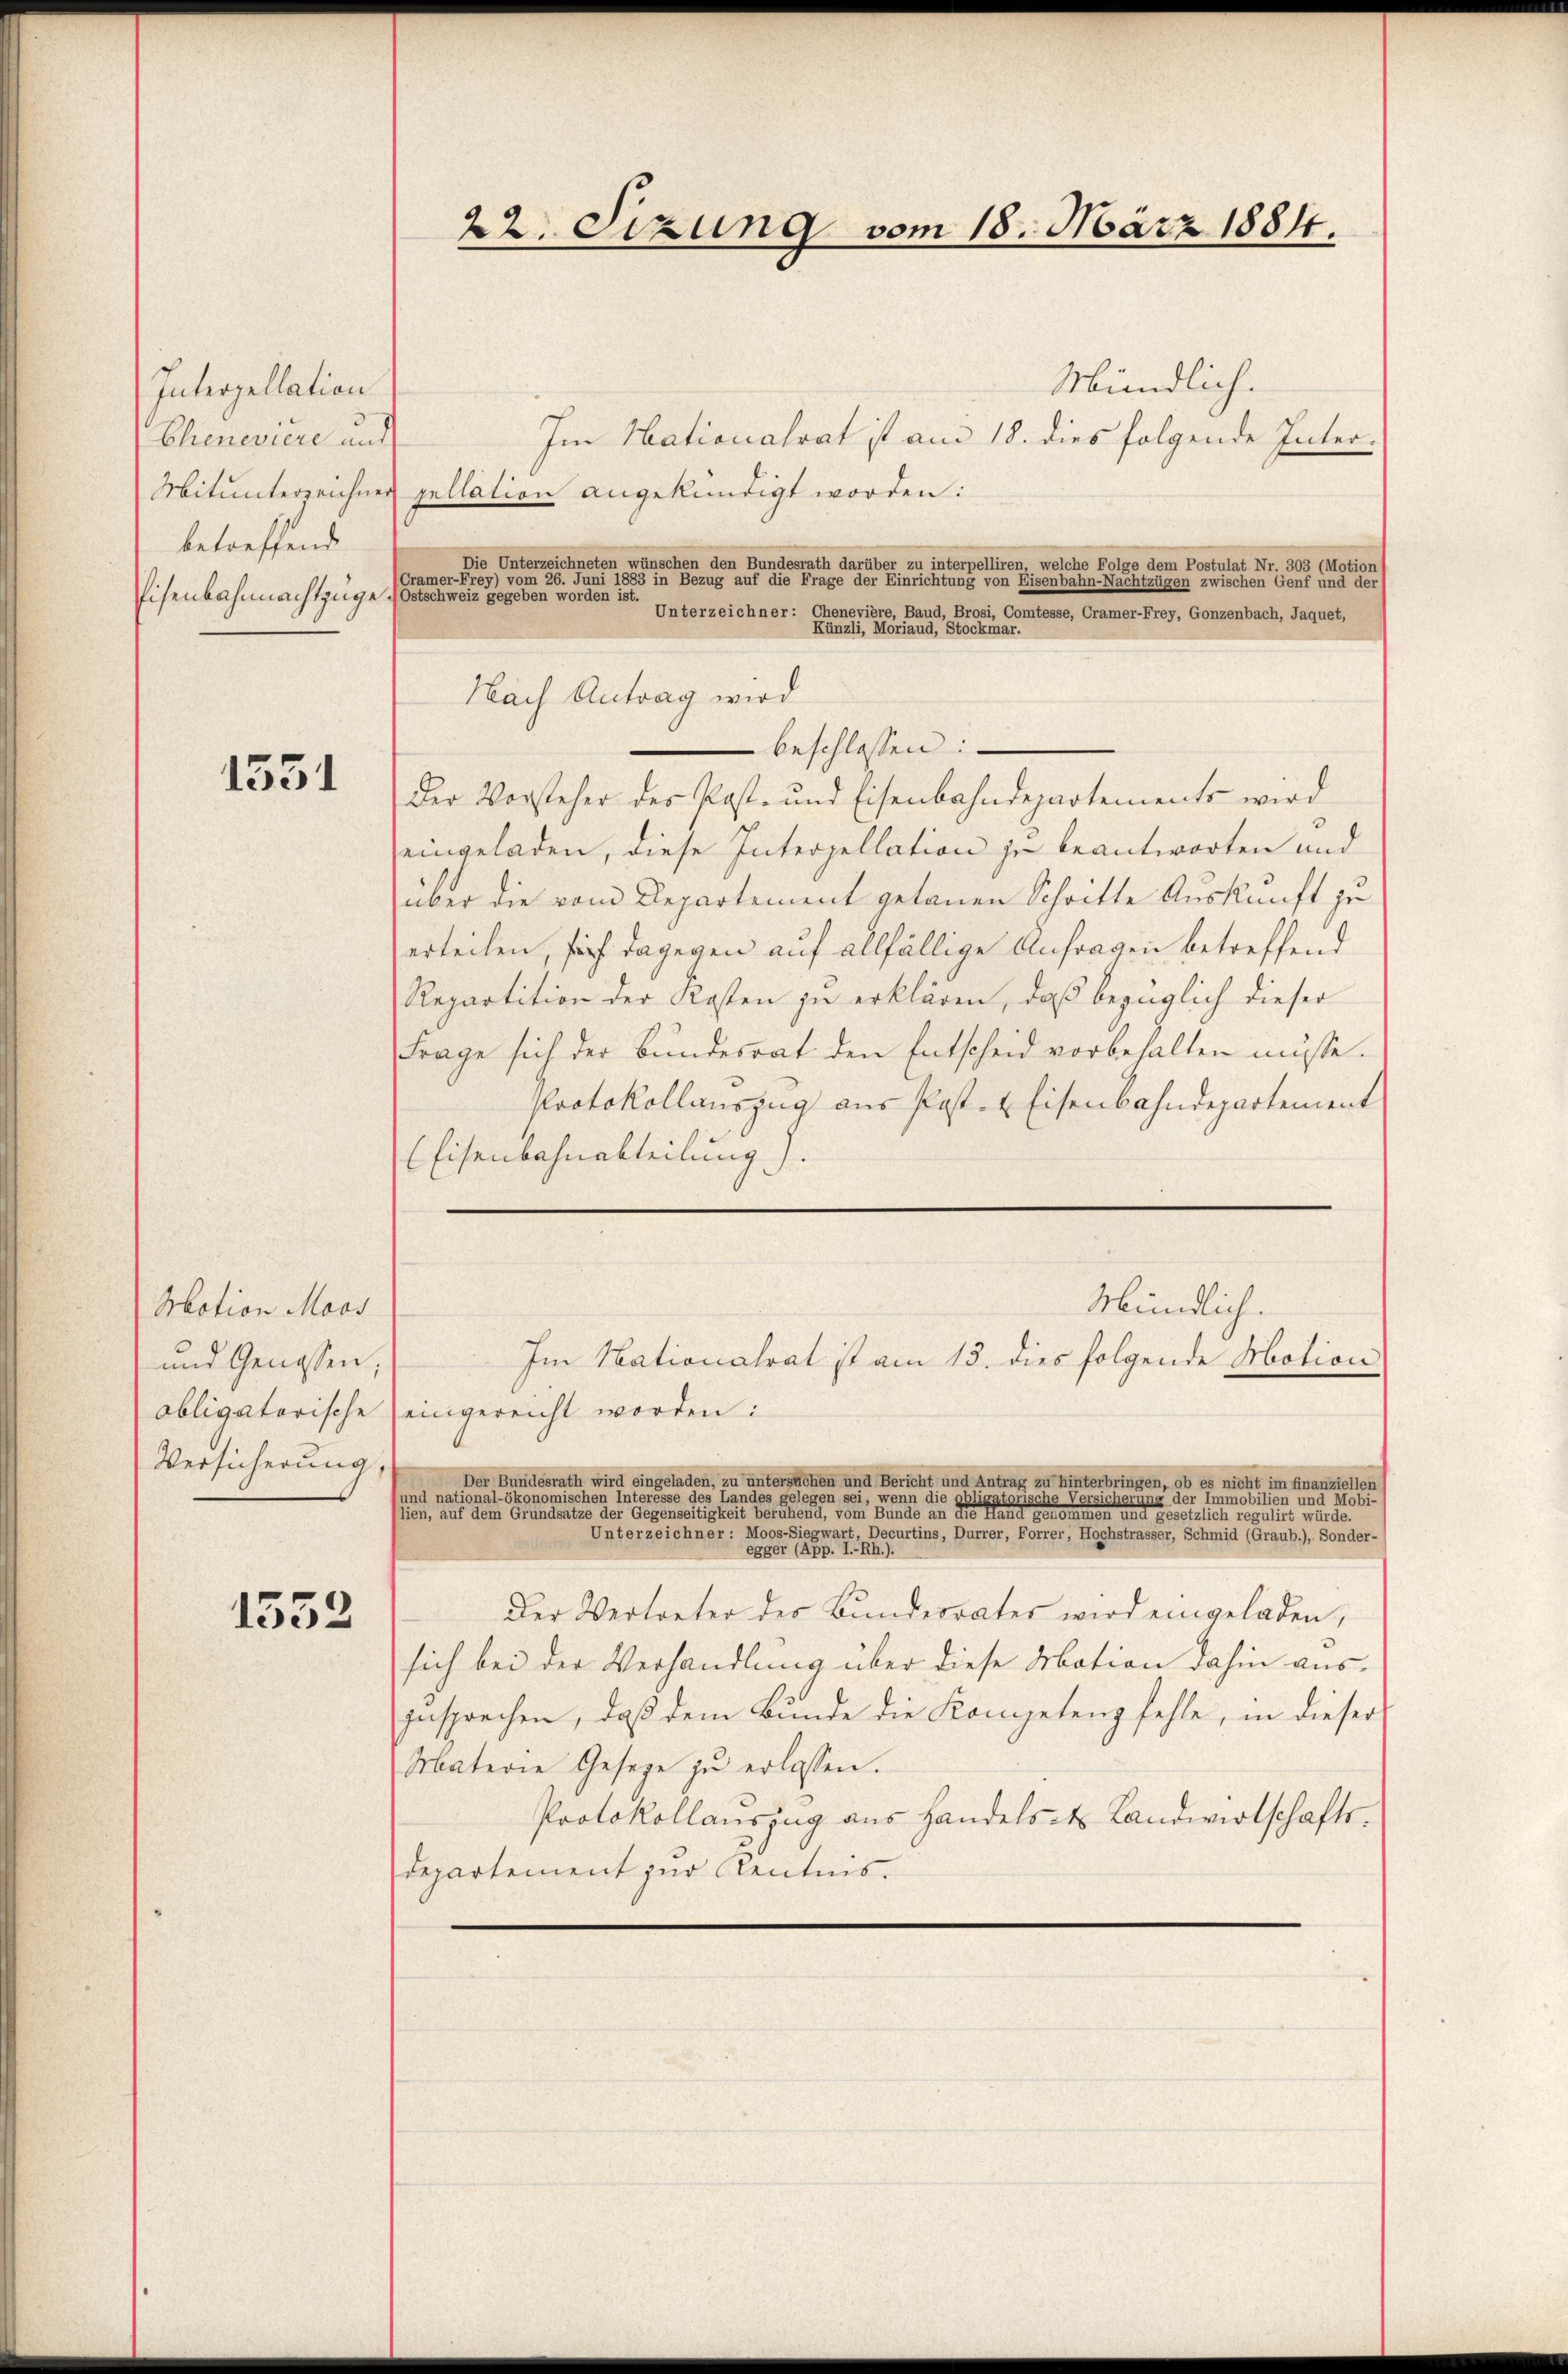
Interpellation
Clieneviere und
Mitunterzeichne
betreffend
Eisenbahnmachtzuge

1551

Motion Moos
und Genossen,
obligatorische
Versicherung,

1552

22. Sizung vom 18. März 1884.

Mündlich-
Im Nationalrat ist am 18. dies
folgende Interpellation angekündigt worden:
Die Unterzeichneten wünschen den Bundesrath darüber zu interpelliren, welche Folge dem Postulat Nr. 303 (Motion
Cramer-Frey) vom 26. Juni 1883 in Bezug auf die Frage der Einrichtung von Eisenbahn-Nachtzügen zwischen Genf und der
Ostschweiz gegeben worden ist.
Unterzeichner: Chenevière, Baud, Brosi, Comtesse, Cramer-Frey, Gonzenbach, Jaquet,
Künzli, Moriaud, Stockmar.
Nach Antrag wird
 beschlossen:
Der Vorsteher der Post- und Eisenbahndepartements wird
eingeladen, diese Interzellation je beantworten und
über die vom Departement getanen Schritte Auskunft zu
erteilen, sich dagegen auf allfällige Anforgen betreffend
Repartition der Kosten zu erklären, daß bezüglich dieser
Frage sich der Bundesrat den Entscheid vorbehalten müsse.
Protokollauszug aus Post- & Eisenbahndepartement
(Eisenbahnabteilung).

Im Nationalrat ist am 13. dies folgende Motion
eingereicht worden:
Der Bundesrath wird eingeladen, zu untersuchen und Bericht und Antrag zu hinterbringen, ob es nicht im finanziellen
und national-ökonomischen Interesse des Landes gelegen sei, wenn die g
llien, auf dem Grundsatze der Gegenseitigkeit beruhend, vom Bunde an der einen eine eine eine einen und gesetzlich regulirt würde.
Unterzeichner: Moos-Siegwart, Decurtins, Durrer, Forrer, Hochstrasser, Schmid (Graub.), Sonder-
egger (App. I.-Rh.).
Der Vertreter der Bundesrates wird eingeladen,
sich bei der Verhandlung über diese Debation dahin auszusprechen, daß dem Bunde die Kompetenz fehle, in dieser
Materie Gesetze zu erlassen.
Protokollauszug aus Handels- & Landwirtschafts-
Departement zur Kentnis.

Mündlich.

torische V
cherung der Immobilien und diesen